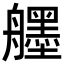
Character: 𦪷